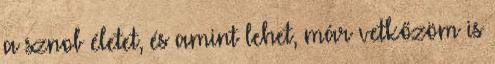
a sznob életet, és amint lehet, már vetkőzöm is